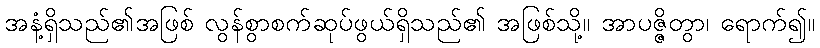
အနံ့ရှိသည်၏အဖြစ် လွန်စွာစက်ဆုပ်ဖွယ်ရှိသည်၏ အဖြစ်သို့။ အာပဇ္ဇိတွာ၊ ရောက်၍။